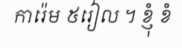
ការ៉េម ៥រៀល ។ ខ្ញុំ ខំ